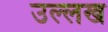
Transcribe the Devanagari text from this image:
उल्लख